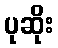
ပုဆိုး